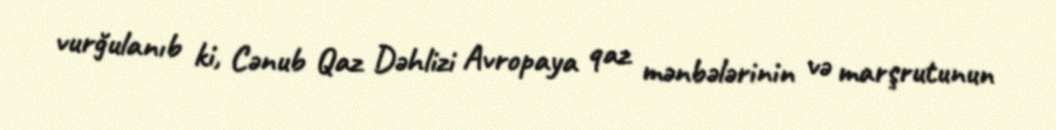
vurğulanıb ki, Cənub Qaz Dəhlizi Avropaya qaz mənbələrinin və marşrutunun